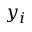
y _ { i }